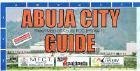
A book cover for Abuja City Guide Map; Dominic Gusah; Travel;